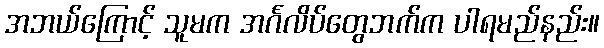
အဘယ်ကြောင့် သူမက အင်္ဂလိပ်တွေဘက်က ပါရမည်နည်း။